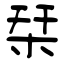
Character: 栞